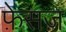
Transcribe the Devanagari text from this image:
फ़ेसज़